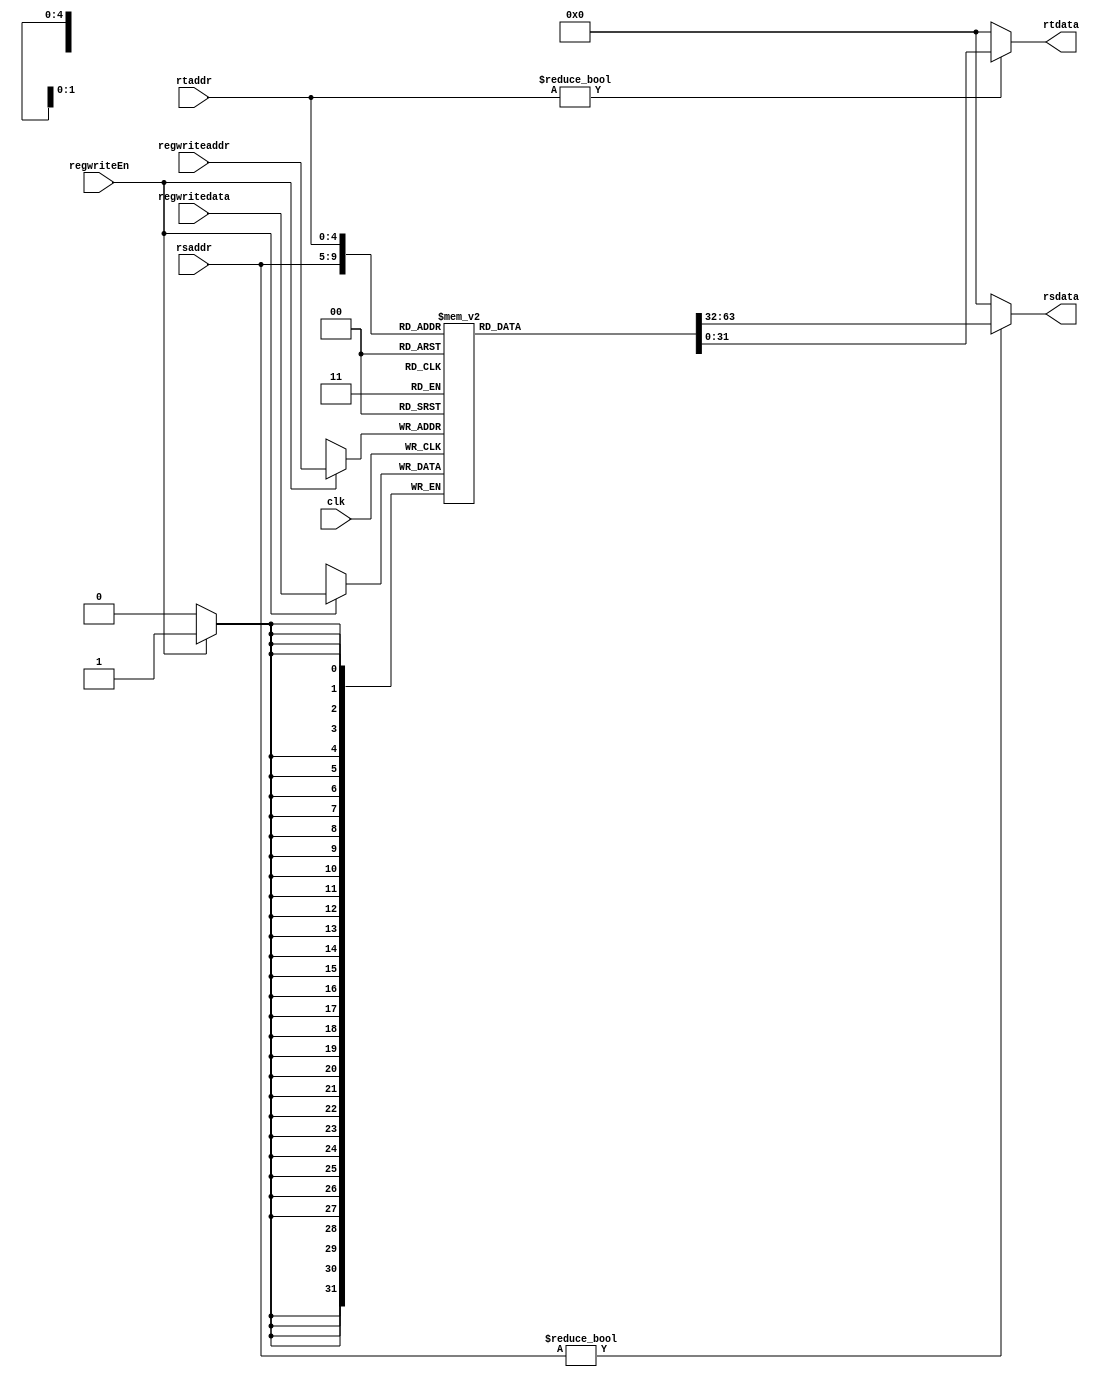
`timescale 1ns / 1ps

//register file: 
module regFile(clk, regwriteEn, regwriteaddr, regwritedata, rsaddr, rtaddr, rsdata, rtdata);
  input clk, regwriteEn; // write enable
  input [4:0] regwriteaddr;  //reg write addr
  input [31:0] regwritedata;  //reg write data
  input [4:0] rsaddr, rtaddr;  //RsAddr, RtAddr
  output [31:0] rsdata, rtdata;  //RsData, RtData
  
  reg [31:0] rf[31:0]; //32 * 32 registers 
  
  //we 
  always @(posedge clk) begin
    if(regwriteEn) rf[regwriteaddr] <= regwritedata;
  end
  
  // Rs Rt
  assign rsdata = (rsaddr != 0) ? rf[rsaddr] : 0;
  assign rtdata = (rtaddr != 0) ? rf[rtaddr] : 0;
endmodule